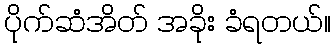
ပိုက်ဆံအိတ် အခိုး ခံရတယ်။